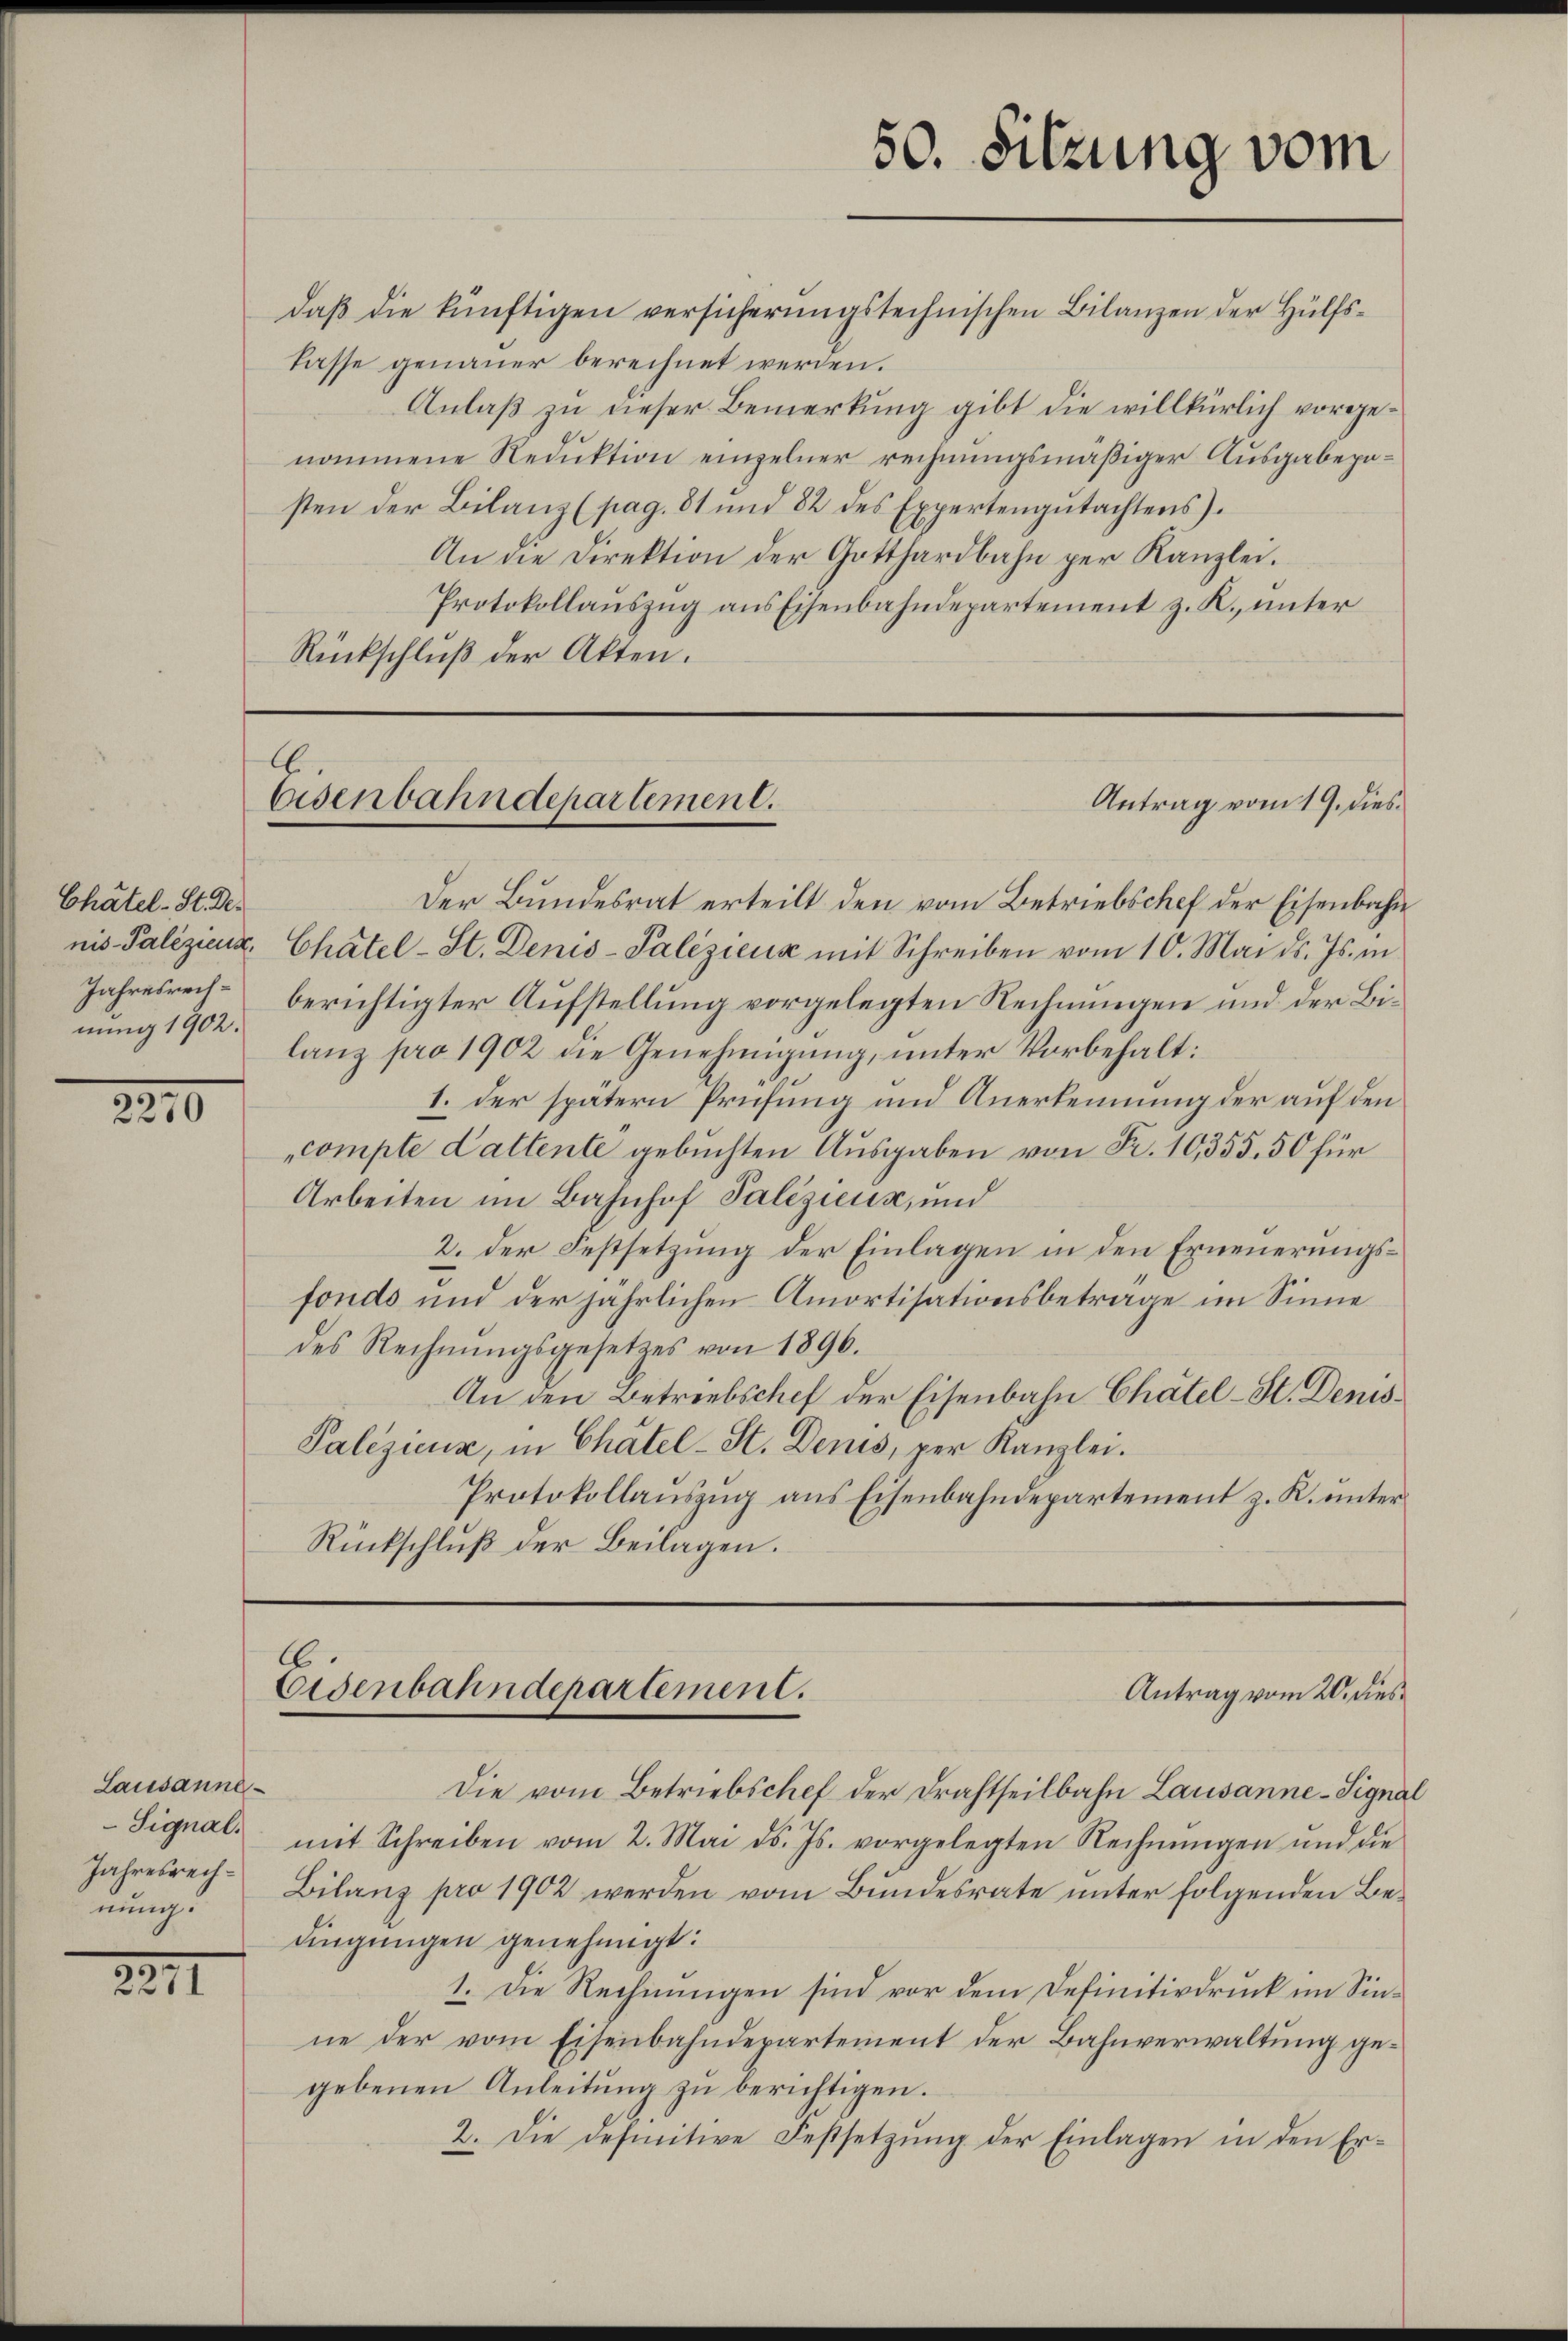
Chätel-St. Der
Jahresrechnung 1902.

2210

Lausanne
Signal.
Jahresrechnung.

2211

daß die künftigen versicherungstechnischen Bilanzen der Hülfslasse genauer berechnet werden.
Anlaß zu dieser Bemerkung gibt die willkürlich vorgenommene Reduktion einzelner rechnungsmäßiger Ausgabepasten der Bilanz (pag. 81 und 82 des Expertengutachtens).
An die Direktion der Gotthardbahn per Kanzlei.
Protokollauszug aus Eisenbahndepartement z. R. unter
Rückschluß der Akten.

A.
Eisenbahndepartement.

50. Sitzung vom

Der Bundesrat erteilt den vom Betriebschef der Eisenbahn
nis Palezicus, Chätel-St. Denis-Palizieux mit Schreiben vom 10. Mai d. Js. in
berichtigter Aufstellung vorgelegten Rechnungen und der Bilanz pro 1902 die Genehmigung, unter Vorbehalt:
1. der spätern Prüfung und Anerkennung der auf den
compte Lattente gebuchten Ausgaben von Fr. 10,355. 50 für
Arbeiten im Bahnhof Palizieux, und
2. der Festsetzung der Einlagen in den Erneuerungsfonds und der jährlichen Amortisationsbetrage im Sinne
des Rechnungsgesetzes von 1896.
An den Betriebschef der Eisenbahn Chätel-St. Denis¬
Palezicus, in Chätel-St. Denis, per Kanzlei.
Protokollaŭszŭg ans Eisenbahndepartement z. R. unter
Rückschluß der Beilagen.

Antrag vom 19. dies

C
Eisenbahndepartement.
Antrag vom 20. dies

Die vom Betriebschef der Drahtheilbahn Lausanne - Signal
mit Schreiben vom 2. Mai d. Js. vorgelegten Rechnŭngen und die
Bilanz pro 1902 werden vom Bundesrate unter folgenden Bedingungen genehmigt:
1. Die Rechnungen sind vor dem Definitivdruck im Sinne der vom Eisenbahndepartement der Bahnverwaltung gegebenen Anleitung zu berichtigen.
2. Die definitive Festsetzung der Einlagen in den Er¬